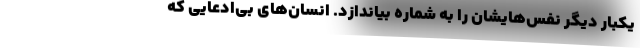
یکبار دیگر نفس‌هایشان را به شماره بیاندازد. انسان‌های بی‌ادعایی که